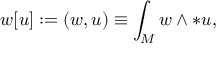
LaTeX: w [ u ] : = ( w , u ) \equiv \int _ { M } w \wedge * u ,